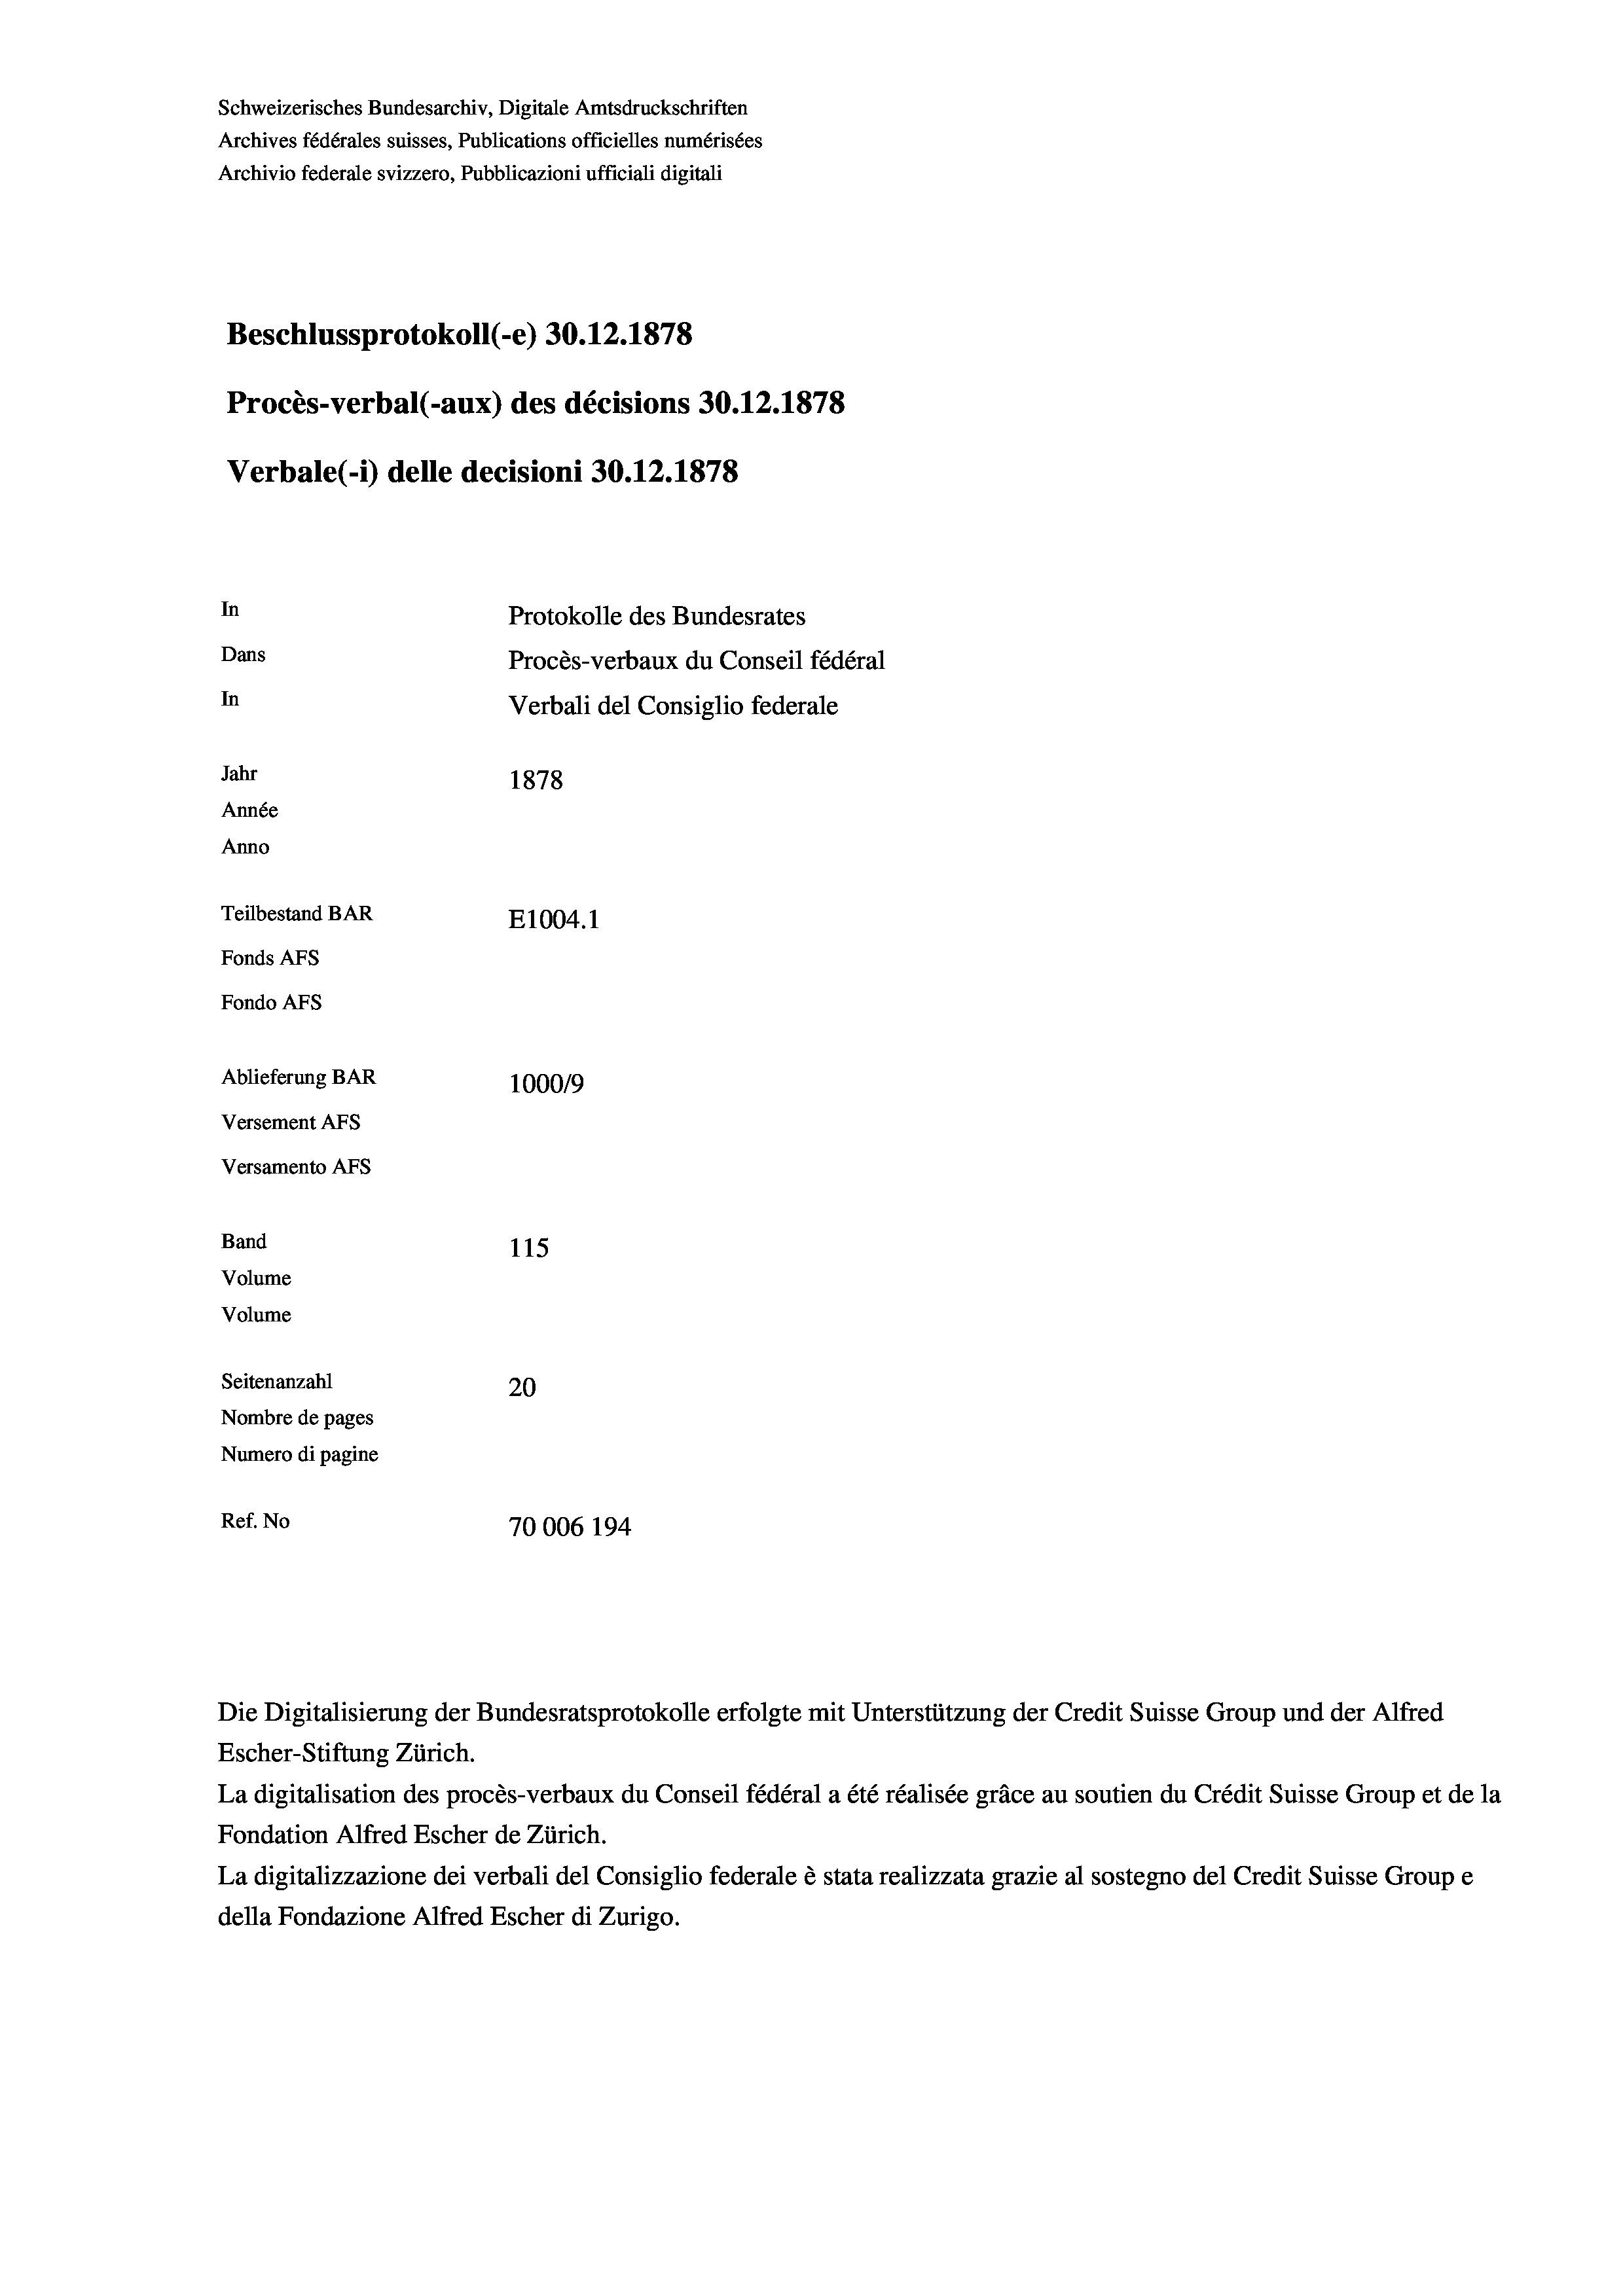
Schweizerisches Bundesarchiv, Digitale Amtsdruckschriften
Archives fédérales suisses, Publications officielles numérisées
Archivio federale svizzero, Pubblicazioni ufficiali digitali
Beschlussprotokoll (-e) 30.12.1878
Procès-verbal (-aux) des décisions 30.12.1878
Verbale (1) delle decisioni 30.12.1878
In
Protokolle des Bundesrates
Dans
Procès-verbaux du Conseil fédéral
In
Verbali del Consiglio federale
Jahr
1878
Année
Anno
Teilbestand BAR
E1004. 1
Fonds Afs
Fondo AFs
Ablieferung BAR
1000/9
Versement Abs
Versamento AFs
Band
115
Volume
Volume
Seitenanzahl
20
Nombre de pages
Numero di pagine
Ref. No
70006 194

Die Digitalisierung der Bundesratsprotokolle erfolgte mit Unterstützung der Credit Suisse Group und der Alfred
Escher-Stiftung Zürich.
La digitalisation des procès-verbaux du Conseil fédéral a été réalisée gräce au soutien du Crédit Suisse Group et de la
Fondation Alfred Escher de Zürich.
La digitalizzazione dei verbali del Consiglio federale è stata realizzata grazie al sostegno del Credit Suisse Groupe
della Fondazione Alfred Escher di Zurigo.